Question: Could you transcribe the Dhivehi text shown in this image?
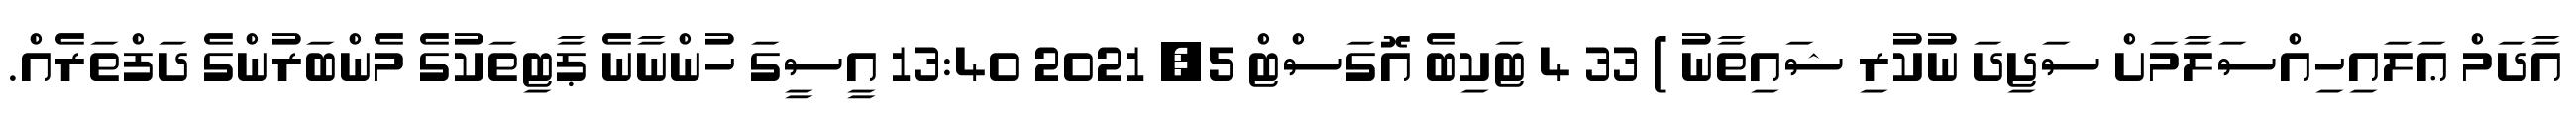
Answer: އާދަމް ޢަލައިހިއްސަލާމަށް ސަޖިދަ ނުކުރި ޝައިތާނު ) 33 4 ޓަކިބެ އޮގަސްޓް 5, 2021 13:40 އީސީގަ ހުންނާނެ ޕާޓިތަކުގެ މެންބަރުންގެ ދަފްތަރެއް.